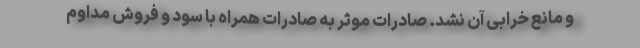
و مانع خرابی آن نشد. صادرات موثر به صادرات همراه با سود و فروش مداوم